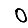
Digit: 0